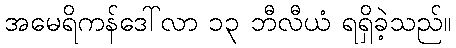
အမေရိကန်ဒေါ်လာ ၁၃ ဘီလီယံ ရရှိခဲ့သည်။